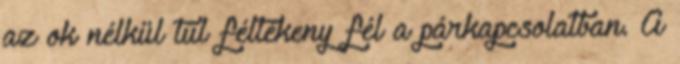
az ok nélkül túl féltékeny fél a párkapcsolatban. A